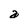
Character: a